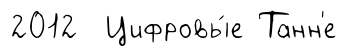
2012 Цифровы́е Танн'е